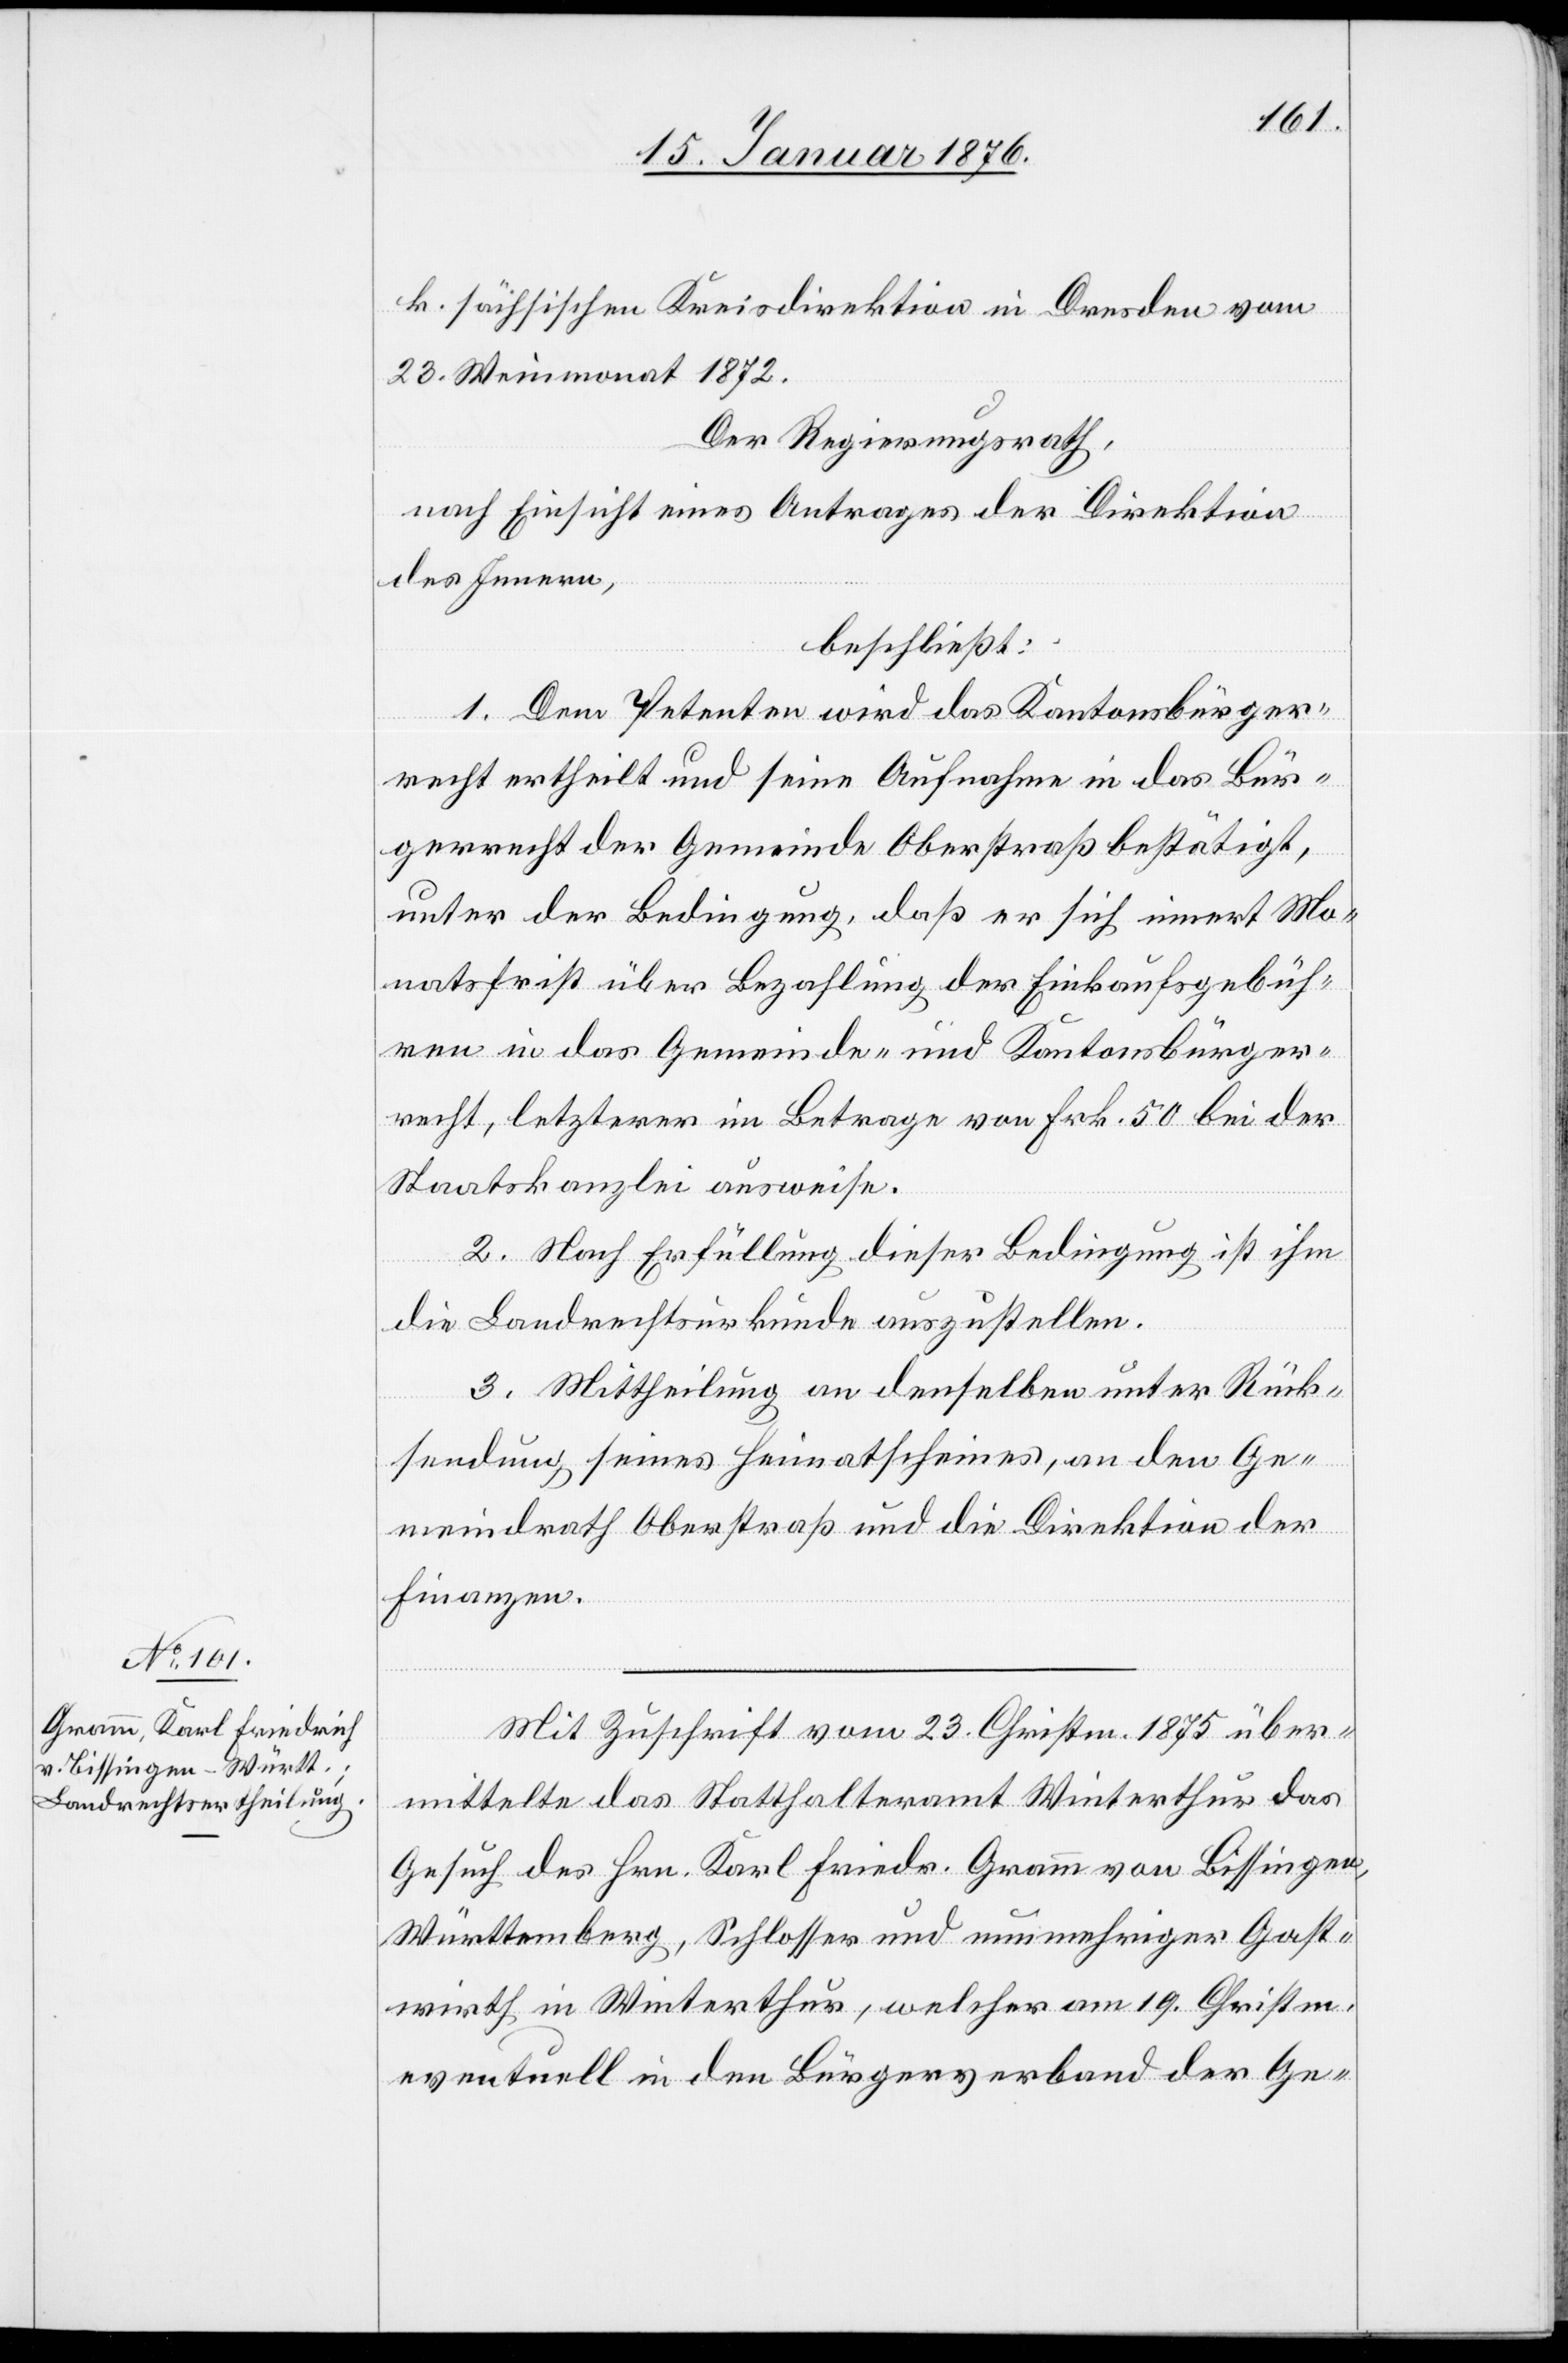
Mit Zuschrift vom 23. Christm. 1875 über¬
mittelt das Statthalteramt Winterthur das
Gesuch des Hrn. Karl Friedr. Gramm von Bissingen,
Württemberg, Schlosser und nunmehriger Gast¬
wirth in Winterthur, welcher am 19. Christm.
eventuell in den Bürgerverband der Ge-